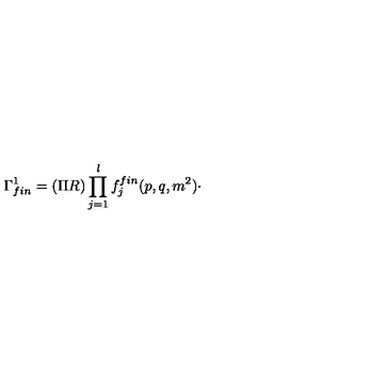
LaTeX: \Gamma _ { f i n } ^ { 1 } = ( \Pi R ) \prod _ { j = 1 } ^ { l } f _ { j } ^ { f i n } ( p , q , m ^ { 2 } ) \cdot